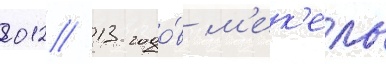
2012/ 13 годо́в м'ек'ель